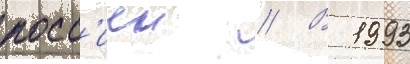
росс'иеи // В 1993